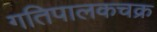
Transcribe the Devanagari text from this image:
गतिपालकचक्र